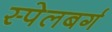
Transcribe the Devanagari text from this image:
स्पेलबर्ग